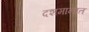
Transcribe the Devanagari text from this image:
दशमानात